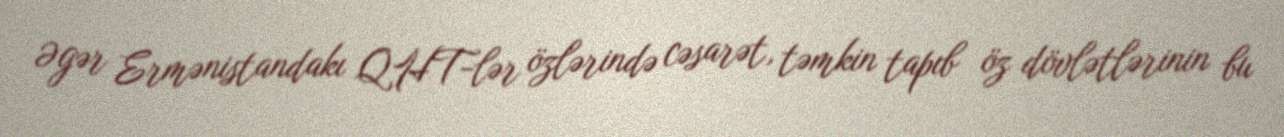
Əgər Ermənistandakı QHT-lər özlərində cəsarət, təmkin tapıb öz dövlətlərinin bu